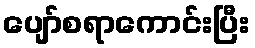
ပျော်စရာကောင်းပြီး